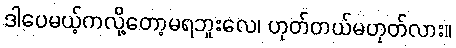
ဒါပေမယ့်ကလို့တော့မရဘူးလေ၊ ဟုတ်တယ်မဟုတ်လား။